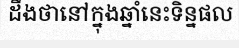
ដឹងថានៅក្នុងឆ្នាំនេះទិន្នផល